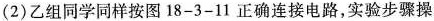
(2)乙组同学同样按图18-3-11正确连接电路，实验步骤操